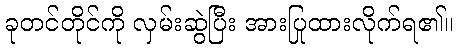
ခုတင်တိုင်ကို လှမ်းဆွဲပြီး အားပြုထားလိုက်ရ၏။